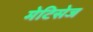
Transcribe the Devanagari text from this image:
मेटिसेज